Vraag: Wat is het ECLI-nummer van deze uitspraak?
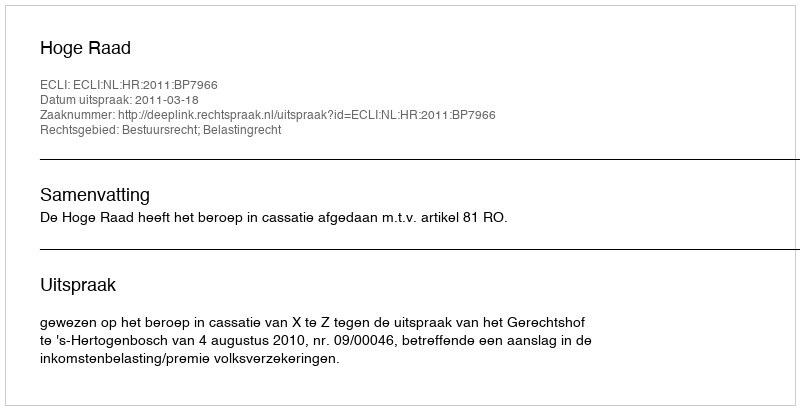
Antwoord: ECLI:NL:HR:2011:BP7966